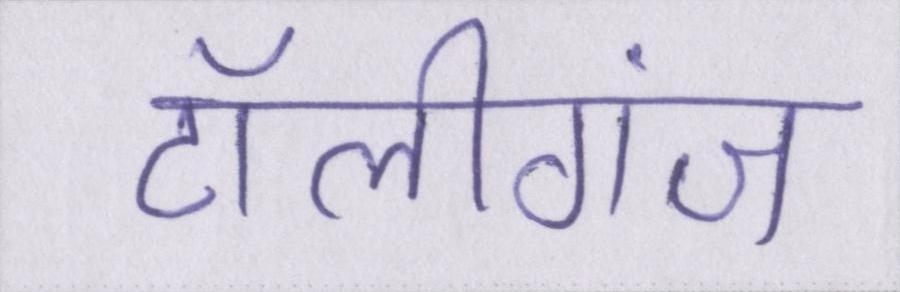
टॉलीगंज